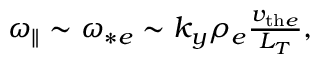
\begin{array} { r } { { \omega _ { \parallel } } \sim \omega _ { * e } \sim k _ { y } \rho _ { e } \frac { v _ { \mathrm { t h } e } } { L _ { T } } , } \end{array}